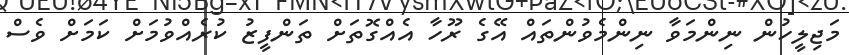
މަޖިލީހުން ނިންމަވާ ނިންމެވުންތައް އޭގެ ރޫހާ އެއްގޮތަށް ތަންފީޒު ކުރެއްވުމަށް ކަމަށް ވެސް